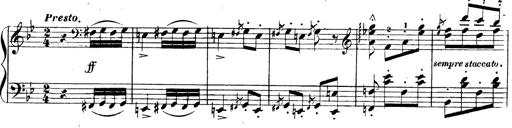
Title: 3 Caprices-Valses
Composer: Franz Liszt